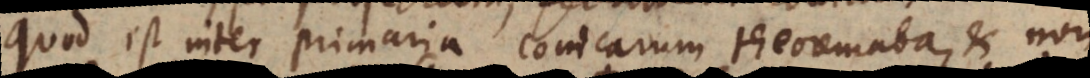
Quod est inter primaria Conicarum theoremata, et non